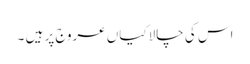
اس کی چالاکیاں عروج پر ہیں ۔